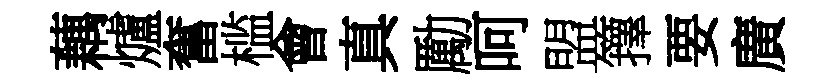
藕爐奮槛會真勵呵盟籜要廣